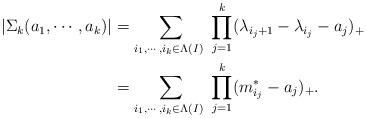
LaTeX: \begin{align*}|\Sigma_k(a_1,\cdots,a_k)|&=\sum_{i_1,\cdots,i_{k}\in\Lambda(I)\ }\prod_{j=1}^k(\lambda_{i_j+1}-\lambda_{i_j}-a_j)_+\\ &=\sum_{i_1,\cdots,i_{k}\in\Lambda(I)\ }\prod_{j=1}^k( {m}^*_{i_j}-a_j)_+.\end{align*}